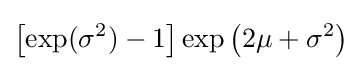
\left[\exp(\sigma ^{2})-1\right]\exp \left(2\mu +\sigma ^{2}\right)